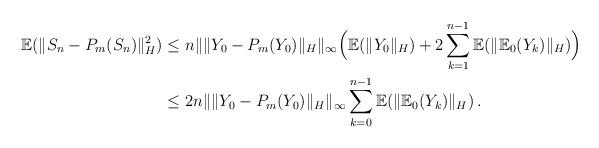
LaTeX: \begin{align*}{\mathbb E} ( \| S_n-P_m(S_n) \|_H^2) &\leq n \|\| Y_0-P_m(Y_0) \|_H \|_\infty \Big( {\mathbb E}(\|Y_0\|_H)+ 2 \sum_{k=1}^{n-1} {\mathbb E}( \|{\mathbb E}_0(Y_k)\|_H) \Big) \\&\leq2n \|\| Y_0-P_m(Y_0) \|_H \|_\infty \sum_{k=0}^{n-1} {\mathbb E}( \|{\mathbb E}_0(Y_k)\|_H) \, .\end{align*}